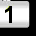
Digit: 1